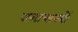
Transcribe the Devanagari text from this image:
समाचारत्रों